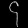
Digit: ၄